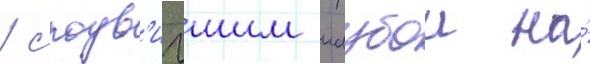
/ сподв'игшим маубои на́